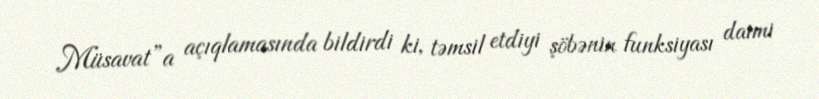
Müsavat”a açıqlamasında bildirdi ki, təmsil etdiyi şöbənin funksiyası daimi